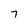
Character: 7